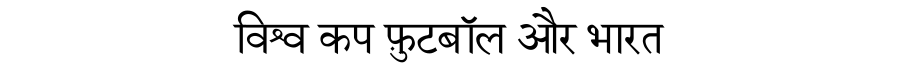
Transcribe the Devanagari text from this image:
विश्व कप फ़ुटबॉल और भारत